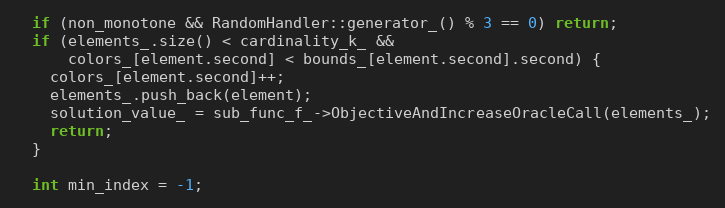
Language: C++
  if (non_monotone && RandomHandler::generator_() % 3 == 0) return;
  if (elements_.size() < cardinality_k_ &&
      colors_[element.second] < bounds_[element.second].second) {
    colors_[element.second]++;
    elements_.push_back(element);
    solution_value_ = sub_func_f_->ObjectiveAndIncreaseOracleCall(elements_);
    return;
  }

  int min_index = -1;